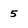
Character: 5